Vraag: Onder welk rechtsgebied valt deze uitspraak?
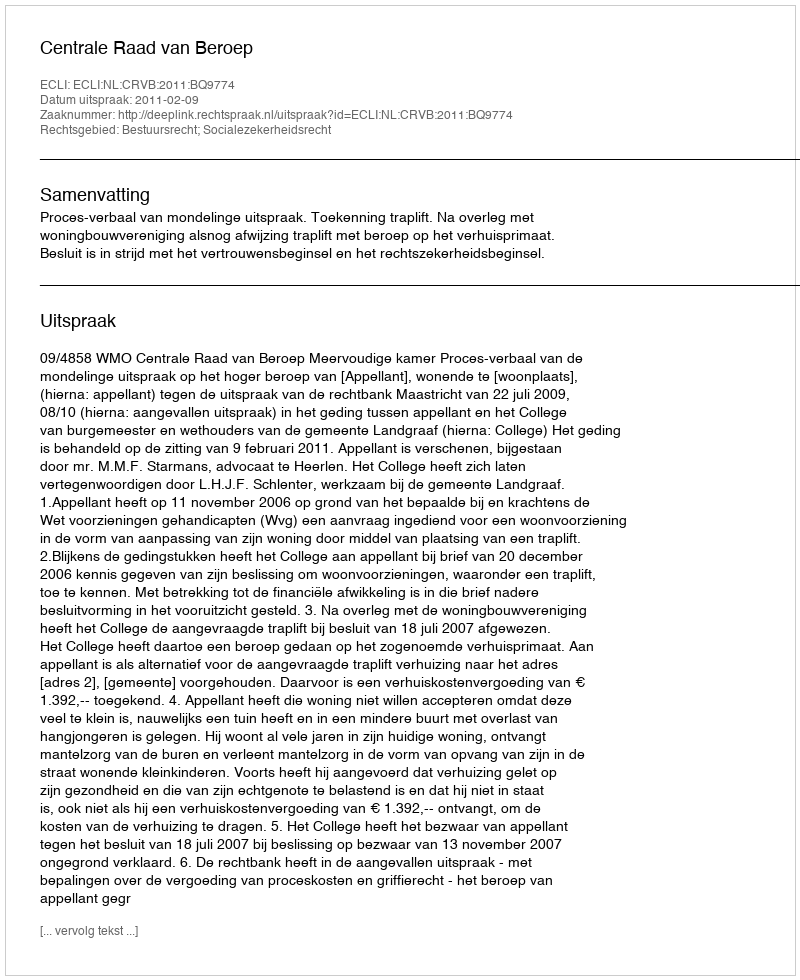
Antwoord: Bestuursrecht; Socialezekerheidsrecht